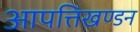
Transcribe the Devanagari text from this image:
आपत्तिखण्डन